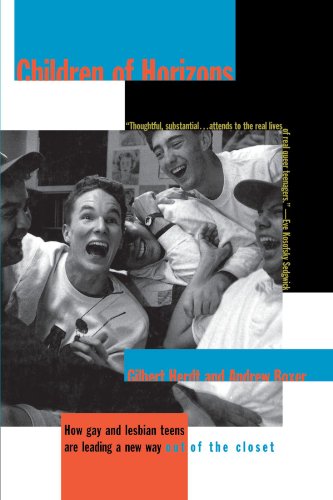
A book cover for Children of Horizons: How Gay and Lesbian Teens Are Leading a New Way Out of the Closet; Andrew Boxer; Gay & Lesbian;